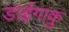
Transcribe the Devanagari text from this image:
डाईगाकु